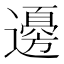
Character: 𮟚